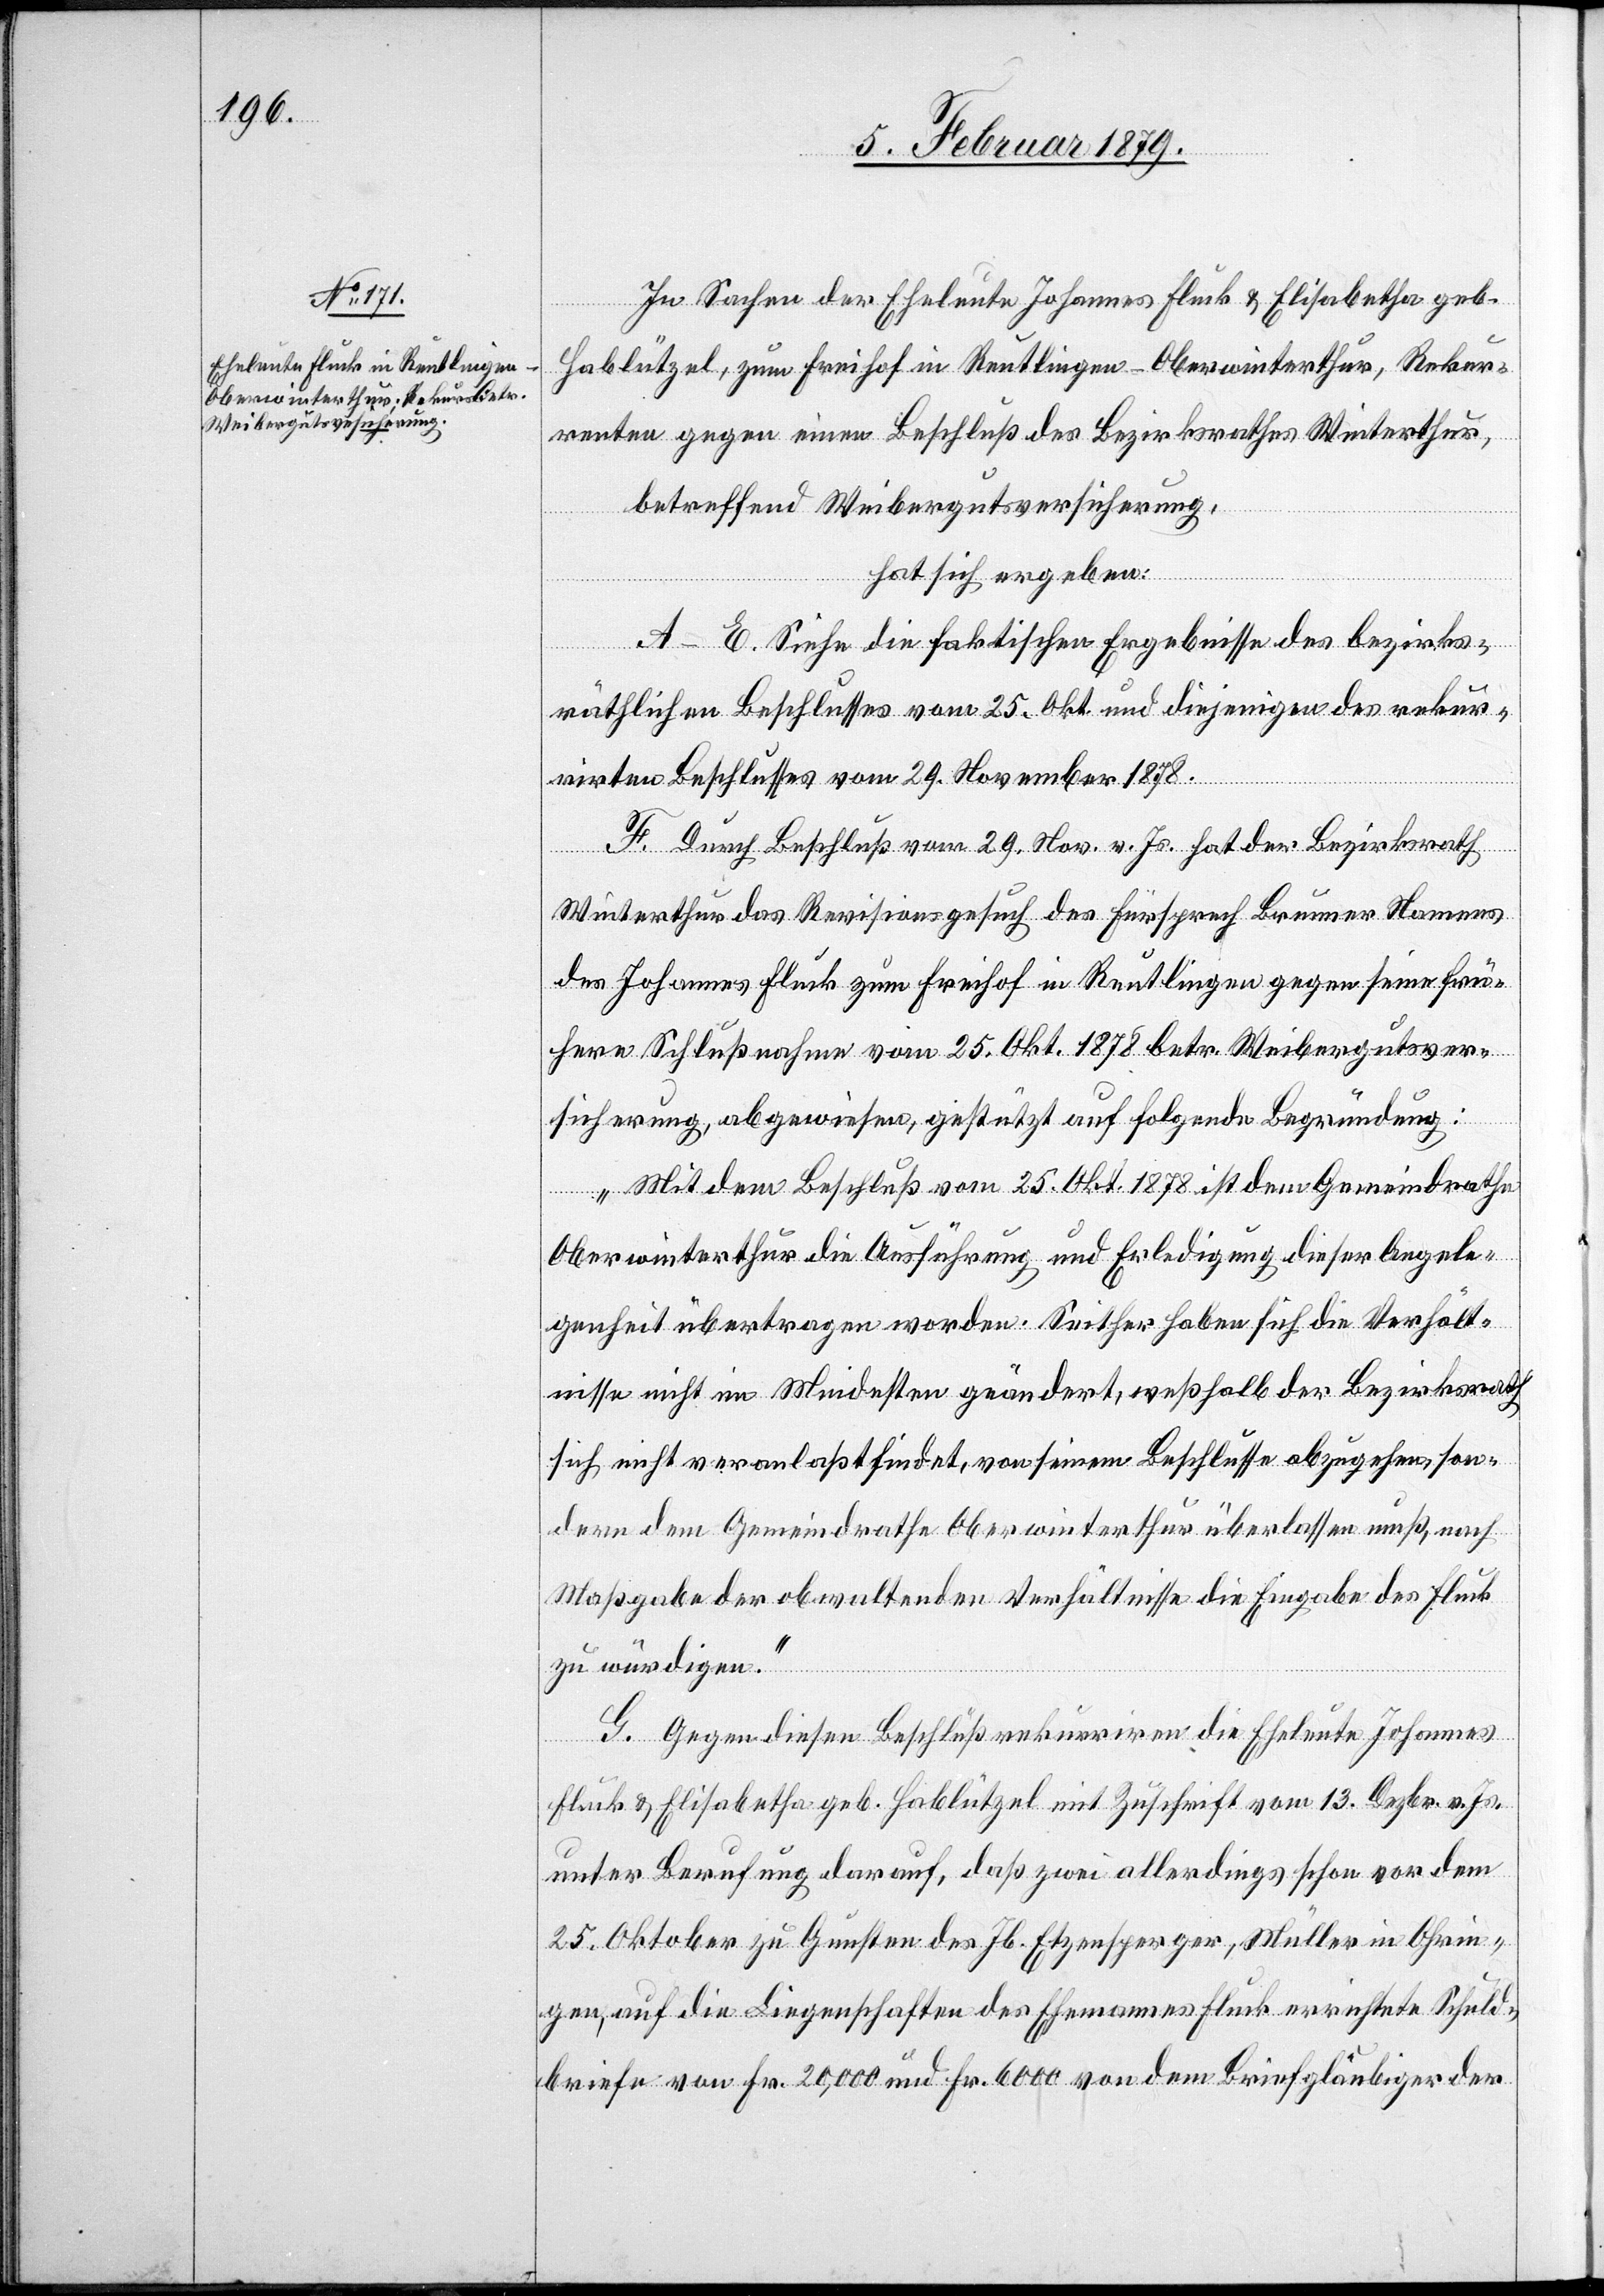
In Sachen der Eheleute Johannes Fluck & Elisabetha geb.
Hablützel, zum Freihof in Reutlingen - Oberwinterthur, Rekur¬
renten gegen einen Beschluß des Bezirksrathes Winterthur,
betreffend Weibergutsversicherung,
hat sich ergeben:
A–E. Siehe die faktischen Ergebnisse des bezirks¬
räthlichen Beschlusses vom 25. Okt. und diejenigen des rekur¬
rirten Beschlusses vom 29. November 1878.
F. Durch Beschluß vom 29. Nov. v. Js. hat der Bezirksrath
Winterthur das Revisionsgesuch des Fürsprech Brunner Namens
des Johannes Fluck zum Freihof in Reutlingen gegen seine frü¬
here Schlußnahme vom 25. Okt. 1878 betr. Weibergutsver¬
sicherung, abgewiesen, gestützt auf folgende Begründung:
„Mit dem Beschluß vom 25. Okt. 1878 ist dem Gemeindrathe
Oberwinterthur die Ausführung und Erledigung dieser Angele¬
genheit übertragen worden. Seither haben sich die Verhält¬
nisse nicht im Mindesten geändert, weßhalb der Bezirksrath
sich nicht veranlaßt findet, von seinem Beschlusse abzugehen, son¬
dern dem Gemeindrathe Oberwinterthur überlassen muß, nach
Maßgabe der obwaltenden Verhältnisse die Eingabe des Fluck
zu würdigen.“
G. Gegen diesen Beschluß rekurriren die Eheleute Johannes
Fluck & Elisabetha geb. Hablützel mit Zuschrift vom 13. Dezbr. v. Js.
unter Berufung darauf, daß zwei allerdings schon vor dem
25. Oktober zu Gunsten des Jb. Etzensperger, Müller in Ohrin¬
gen, auf die Liegenschaften des Ehemannes Fluck errichtete Schuld¬
briefe von Fr. 20,000 und Fr. 6000 von dem Briefgläubiger der